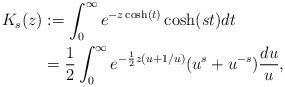
LaTeX: \begin{align*}K_s(z)&:=\int_{0}^{\infty} e^{-z\cosh(t)}\cosh(st) dt\\ &=\frac{1}{2}\int_{0}^{\infty} e^{-\frac{1}{2}z(u+1/u)}(u^s+u^{-s})\frac{du}{u},\end{align*}